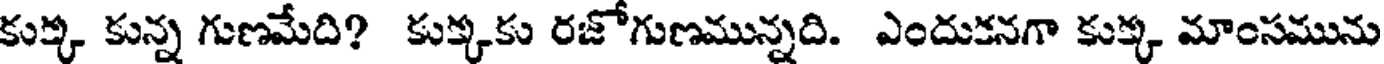
కుక్క కున్న గుణమేది? కుక్కకు రజోగుణమున్నది. ఎందుకనగా కుక్క మాంసమును